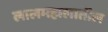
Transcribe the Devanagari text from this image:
लालमहालातील